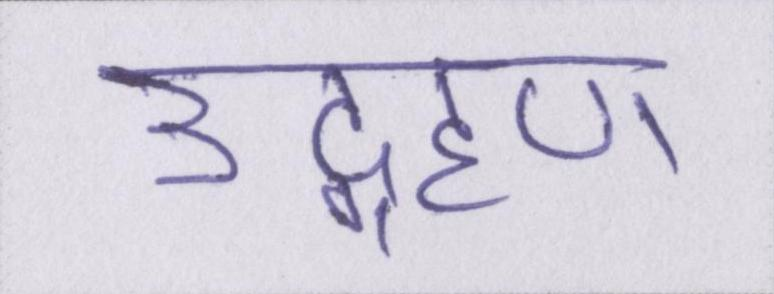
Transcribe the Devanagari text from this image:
उद्ग्रहण